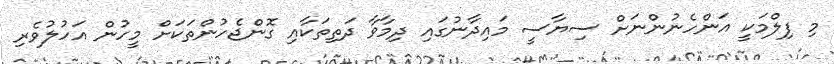
މި ފިލްމަކީ އަންހެނުންނަށް ސިޔާސީ މައިދާނުގައި ދިމާވާ ދަތިތަކާއި ގޮންޖެހުންތަކަށް މީހުން އަހުލުވެރި